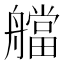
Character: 艡